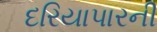
દરિયાપારની